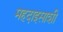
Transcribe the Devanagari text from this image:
महदाइसाशी